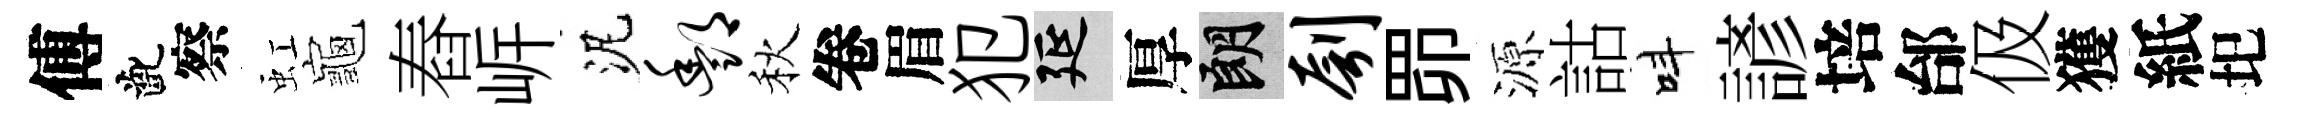
傅齔察虹龜舂㟁泥酆秋卷眉犯延厚朗刳𦊑源詁呌諺培邰伋獲紙圯